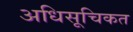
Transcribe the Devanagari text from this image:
अधिसूचिकत